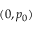
( 0 , p _ { 0 } )